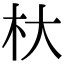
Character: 杕